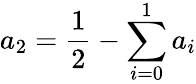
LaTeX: a_{2}=\frac{1}{2}-\sum_{i=0}^{1}a_{i}